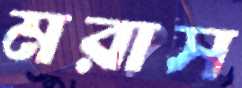
মরাস